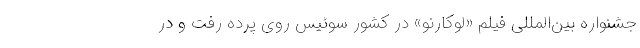
جشنواره بین‌المللی فیلم «لوکارنو» در کشور سوئیس روی پرده رفت و در